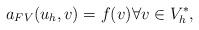
LaTeX: \begin{align*} a_{FV}(u_h,v)=f(v) \forall v \in V_h^*,\end{align*}